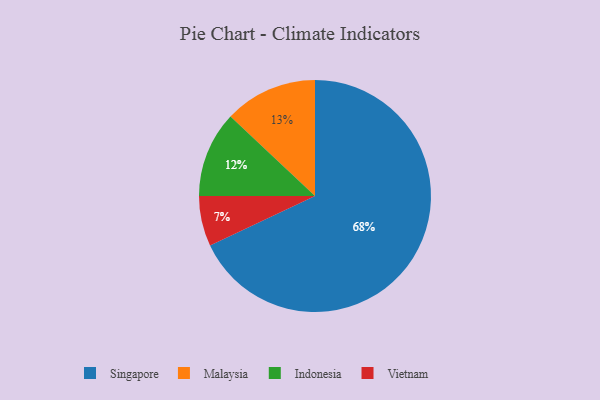
{"axis": {"x": "Category", "y": "Percentage"}, "legend": ["Indonesia", "Malaysia", "Singapore", "Vietnam"], "data": [{"x": "Malaysia", "y": 13, "type": "Malaysia"}, {"x": "Vietnam", "y": 7, "type": "Vietnam"}, {"x": "Indonesia", "y": 12, "type": "Indonesia"}, {"x": "Singapore", "y": 68, "type": "Singapore"}]}